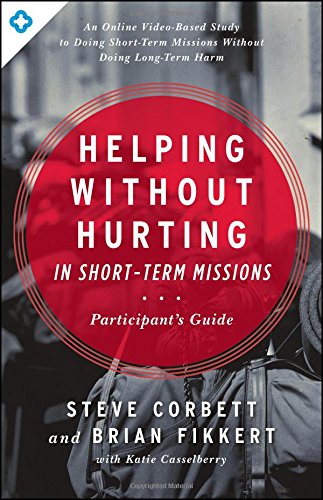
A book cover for Helping Without Hurting in Short-Term Missions: Participant's Guide; Steve Corbett; Christian Books & Bibles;